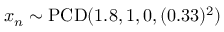
x _ { n } \sim \operatorname { P C D } ( 1 . 8 , 1 , 0 , ( 0 . 3 3 ) ^ { 2 } )